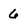
Character: 6